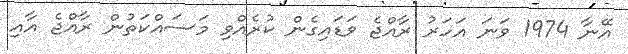
އޭނާ 1974 ވަނަ އަހަރު ރާއްޖެ ވަޑައިގެން ކުރެއްވި މަސައްކަތުން ރާއްޖެ އާއި